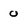
Character: 0